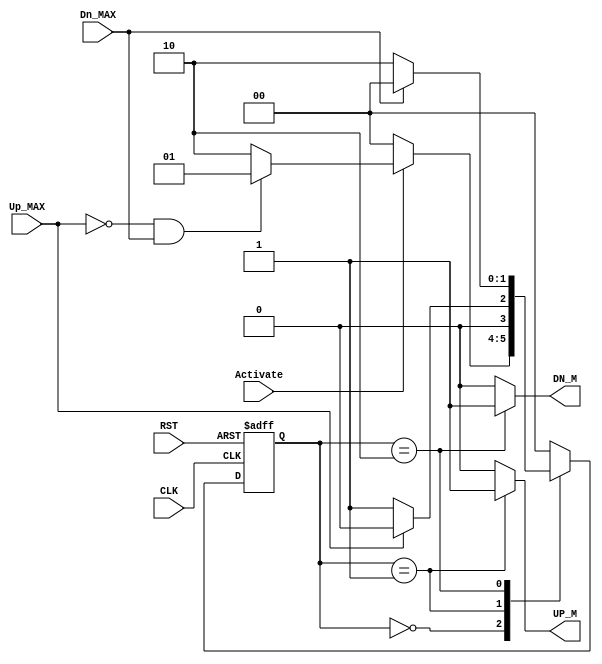
module Garage(
input wire Activate,Up_MAX,Dn_MAX,
input wire CLK,RST,
output reg UP_M,DN_M
);



localparam IDLE=2'd0,
           Mv_Up=2'd1,
           Mv_DN=2'd2;
           
reg [1:0] Cu_State,Nxt_State;



/////transition state
always@(posedge CLK or negedge RST)
begin
  if(!RST)
    Cu_State<=IDLE;
  else
    Cu_State<=Nxt_State;
end
 
 
 
 
//////next state
always@(*)
begin
  case (Cu_State)
    IDLE:begin
          if(Activate==1)
            begin
              if(!Up_MAX && Dn_MAX)
                Nxt_State=Mv_Up;
              else 
                Nxt_State=Mv_DN;
            end
          else
            Nxt_State=IDLE;
          end
    Mv_Up:begin
           if(Up_MAX)
             Nxt_State=IDLE;
           else
             Nxt_State=Mv_Up;
          end 
    Mv_DN:begin
           if(Dn_MAX)
             Nxt_State=IDLE;
           else
             Nxt_State=Mv_DN;
          end
    default:Nxt_State=IDLE;
  endcase
end




/////////output logic
always@(*)
begin
  case (Cu_State)
    IDLE:begin
          UP_M=1'b0;
          DN_M=1'b0;
         end
         
    Mv_Up:begin
           UP_M=1'b1;
           DN_M=1'b0;
          end
          
    Mv_DN:begin
           UP_M=1'b0;
           DN_M=1'b1;
          end
      
    default:begin
             UP_M=1'b0;
             DN_M=1'b0;
            end
  endcase
end


endmodule